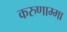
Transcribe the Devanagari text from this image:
करुणाम्मा